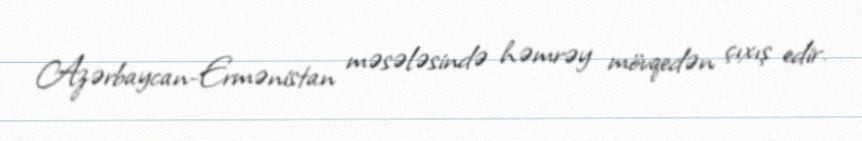
Azərbaycan-Ermənistan məsələsində həmrəy mövqedən çıxış edir.